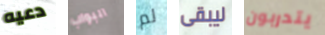
دعيه البواب لم ليبقى يتدربون